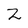
Character: 2